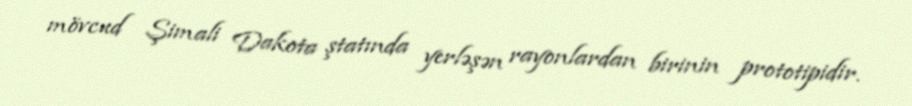
mövcud Şimali Dakota ştatında yerləşən rayonlardan birinin prototipidir.